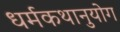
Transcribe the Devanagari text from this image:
धर्मकथानुयोग